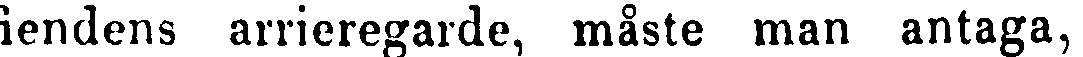
fiendens arrieregarde, måste man antaga,